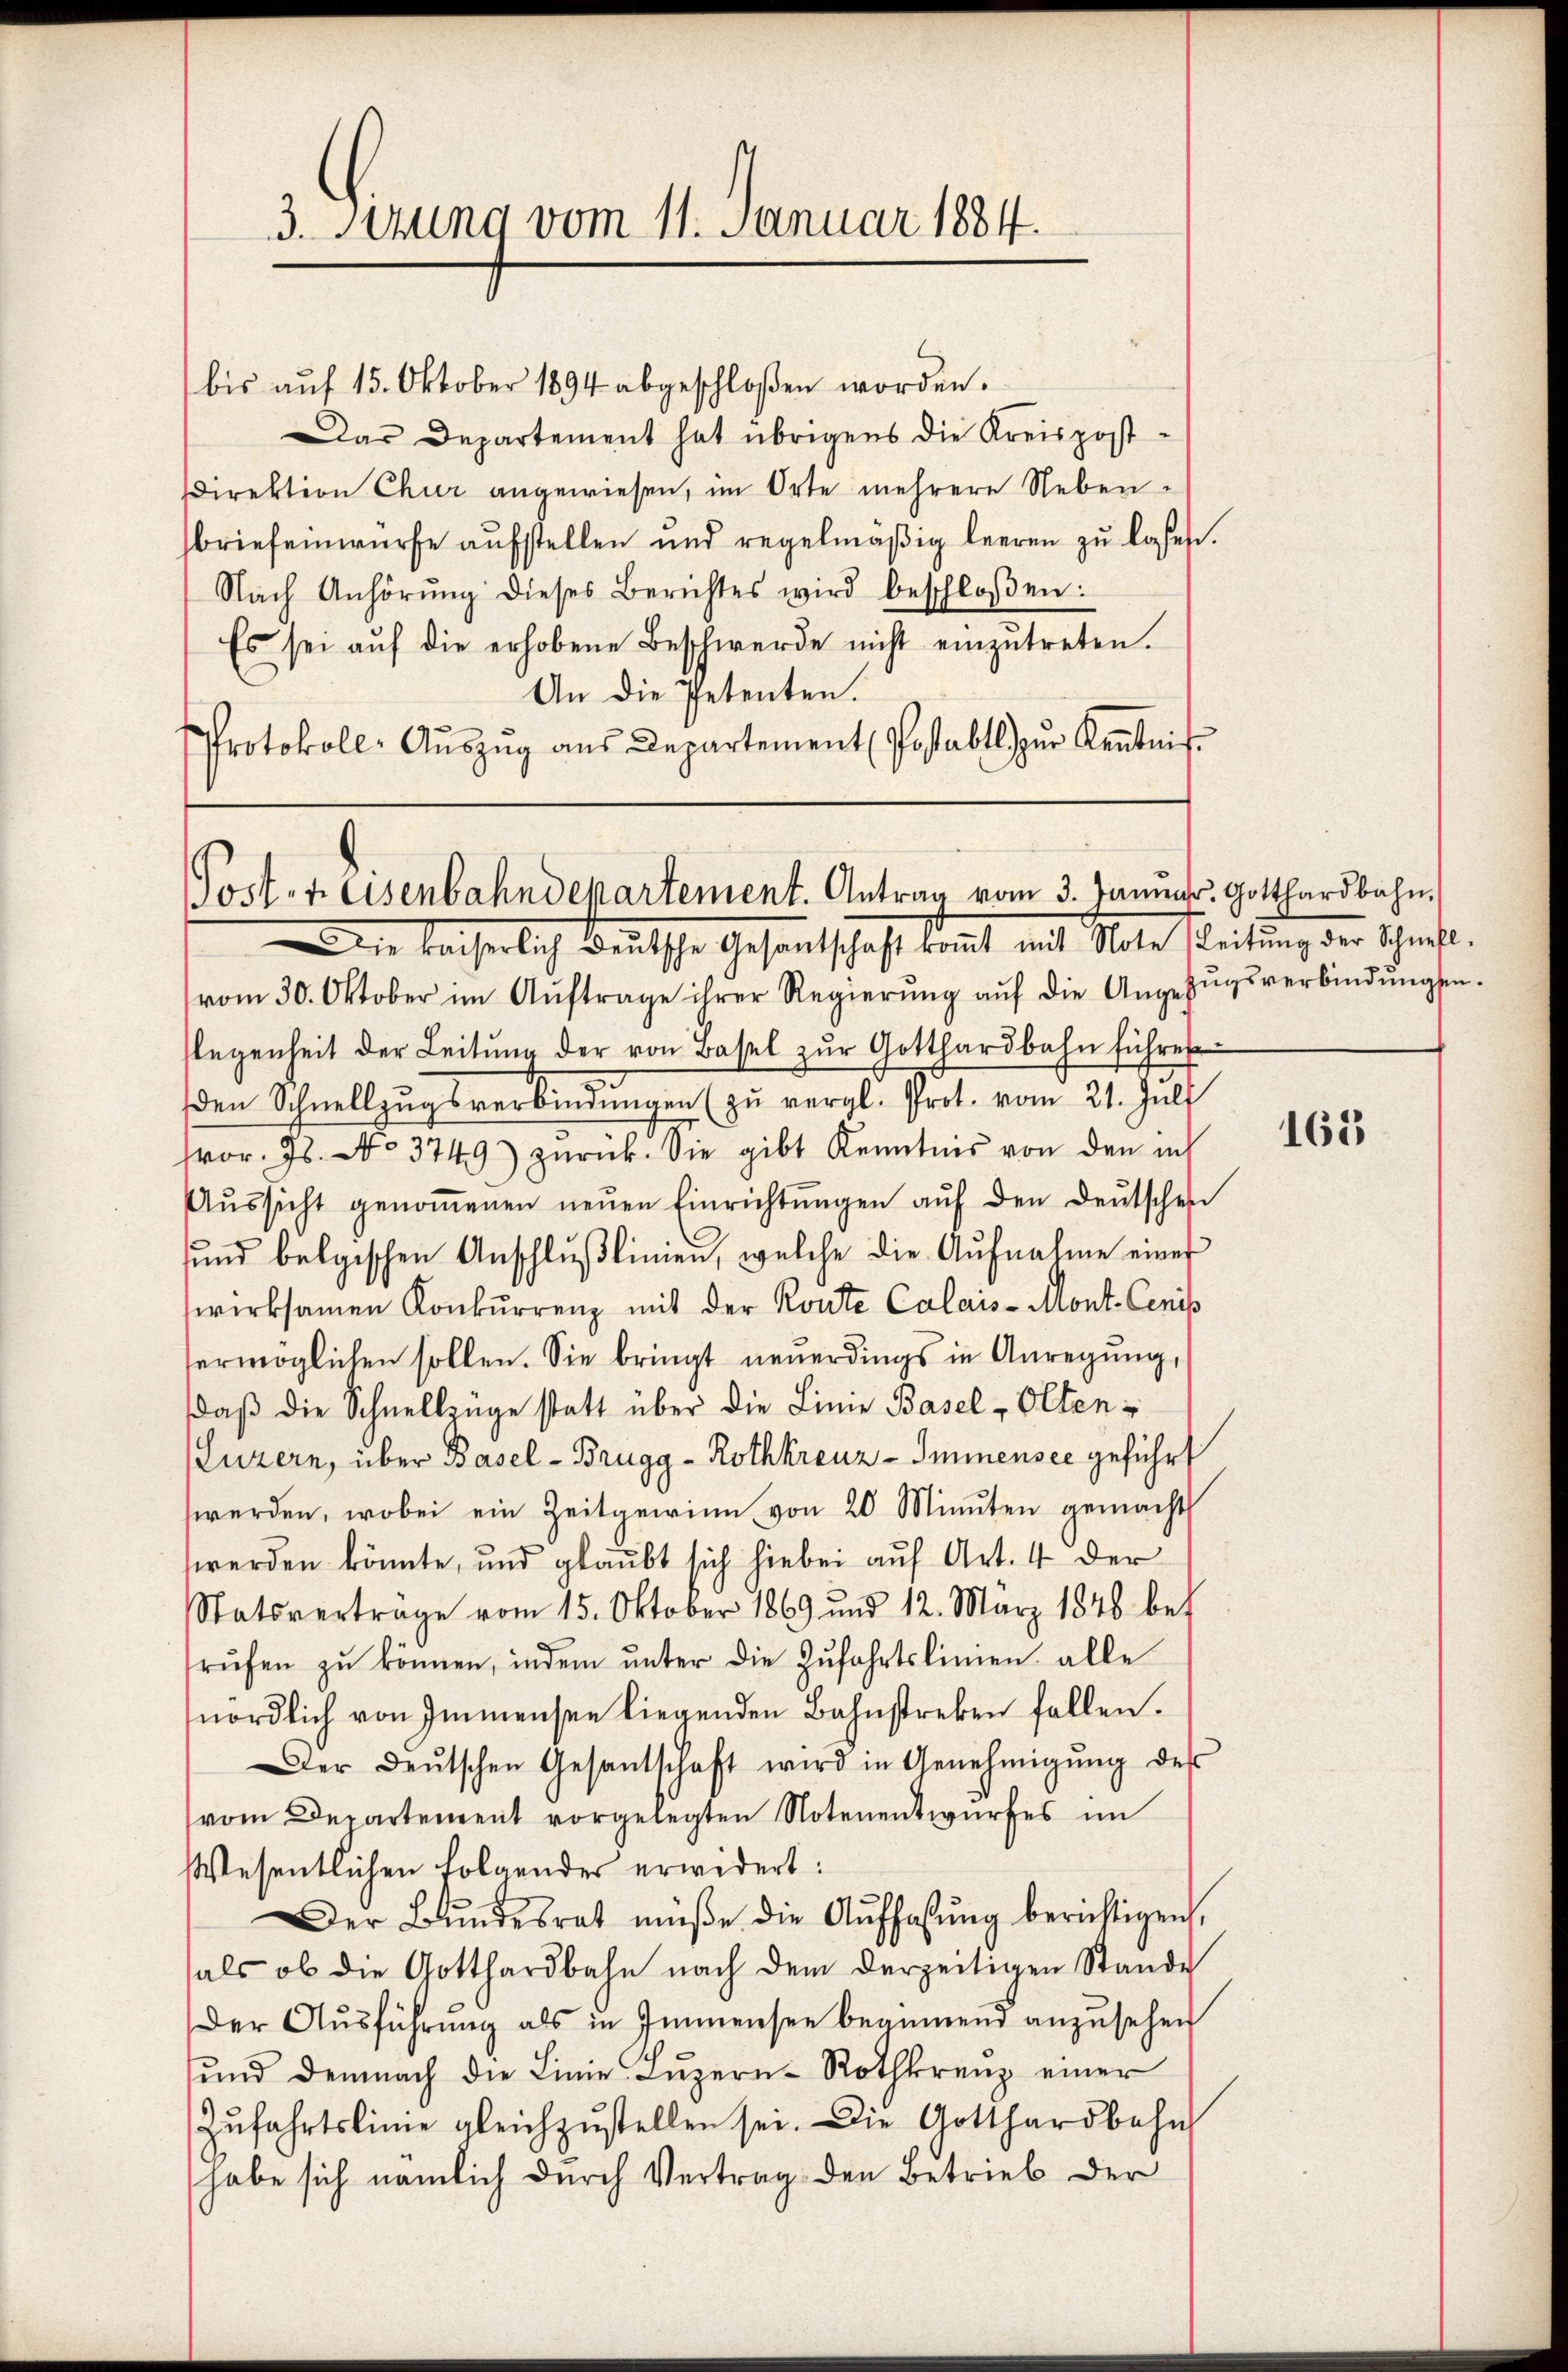
3. Setzung vom 11. Januar 1884.

bis aŭf 15. Oktober 1894 abgeschloßen worden.
Das Departement hat übrigens die Kreispost-
Direktion Chur angewiesen, im Orte mehrere Neben-
briefeinwürfe aufstellen und regelmäβig leeren zŭ lassen.
Nach Anhörŭng dieses Berichtes wird beschloßen:
Es sei aŭf die erhobene Beschwerde nicht einzŭtreten.
An die Petenten.
Protokoll- Aŭszŭg aŭs Departement Postabel zŭr Kentnis

Poster Eisenbahndepartement. Antrag vom 3. Januar. Gotthardbahn.

Die kaiserlich deutsche Gesandtschaft kommt mit Note Leitung der Schrift.
vom 30. Oktober im Aŭftrage ihrer Regierŭng aŭf die Angezŭgsverbindŭngsen-
flegenheit der Leitŭng der von Basel zŭr Gotthardbahn führe
den Schnellzugsverbindungen (zu vergl. Prot. vom 21. Juli
vor. Js. No 3749) zŭrück. Sie gibt Kenntnis von den ins
Aŭssicht genoṁenen neŭen Einrichtŭngen aŭf den Deutschen
ŭnd belgischen Anschlŭβlinien, welche die Aŭfnahme einer
wirksamen Konkurrenz mit der Route Calais-Mont-Ceniss
ermöglichen sollen. Sie bringt neuerdings in Anregung,
daβ die Schnellzüge statt über die Linie Basel - Olten-
(Luzern, über Basel-Brugg - Rothkreuz-Immnensee geführt
werden, wobei ein Zeitgewinn von 20 Minuten gemacht
werden könnte, und glaubt sich hiebei auf Art. 4 der
Statsverträge vom 15. Oktober 1869 und 12. März 1848 bet
rŭfen zŭ können, indem ŭnter die Zŭfahrtslinien alle
nördlich von Immensee liegenden Bahnstreken fallen.
Der Deutschen Gesantschaft wird in Genehmigŭng des
vom Departement vorgelegten Notenentwŭrfes im
Wesentlichen folgendes erwidert:
Der Bŭndesrat müße die Aŭfhaβŭng berichtigen,
als ob die Gotthardbahn nach dem derzeitigen Stande
Der Aŭsführŭng als in Immensee beginnend anzusehen
ŭnd demnach die Linie Lŭzern-Rothkreuz einer
Zŭfahrtslinie gleichzŭstellen sei. Die Gotthardbahn
habe sich nämlich durch Vertrag den Betrieb der

165